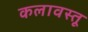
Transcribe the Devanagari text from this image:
कलावस्तू